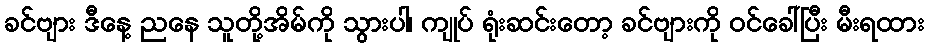
ခင်ဗျား ဒီနေ့ ညနေ သူတို့အိမ်ကို သွားပါ၊ ကျုပ် ရုံးဆင်းတော့ ခင်ဗျားကို ဝင်ခေါ်ပြီး မီးရထား